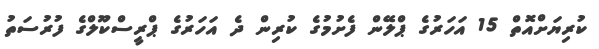
ކުރިޔަށްއޮތް 15 އަހަރުގެ ޕްލޭން ފެށުމުގެ ކުރިން ދެ އަހަރުގެ ޕްރީސްކޫލްގެ ފުރުސަތު